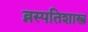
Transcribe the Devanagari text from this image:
व्नस्पतिशास्त्र